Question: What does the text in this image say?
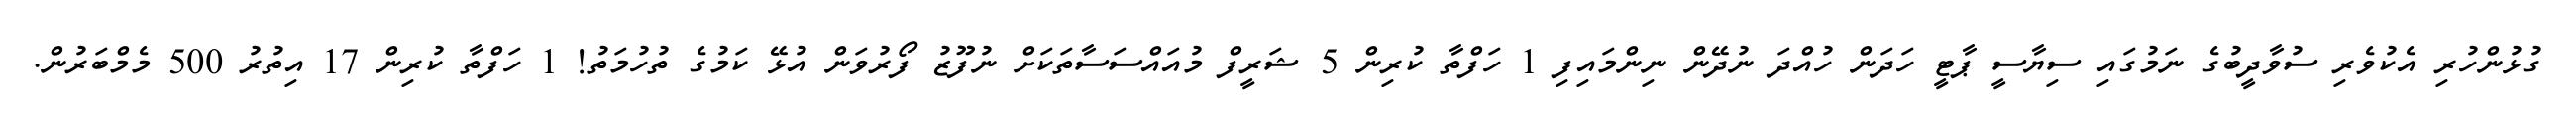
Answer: ގުޅުންހުރި އެކުވެރި ސުވާދީބުގެ ނަމުގައި ސިޔާސީ ޕާޓީ ހަދަން ހުއްދަ ނުދޭން ނިންމައިފި 1 ހަފްތާ ކުރިން 5 ޝަރީފް މުއައްސަސާތަކަށް ނުފޫޒު ފޯރުވަން އުޅޭ ކަމުގެ ތުހުމަތު! 1 ހަފްތާ ކުރިން 17 އިތުރު 500 މެމްބަރުން.